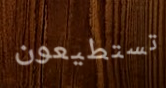
تستطيعون